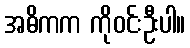
အဓိကက ကိုဝင်းဦးပါ။